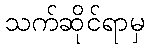
သက်ဆိုင်ရာမှ